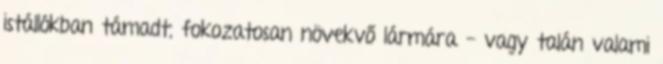
istállókban támadt, fokozatosan növekvő lármára - vagy talán valami